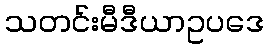
သတင်းမီဒီယာဥပဒေ